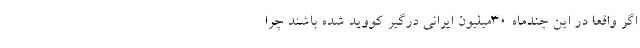
اگر واقعا در این چندماه 30میلیون ایرانی درگیر کووید شده باشند چرا